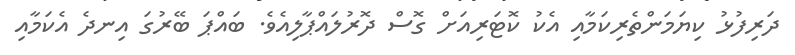
ދަރިފުޅު ކިޔަމަންތެރިކަމާއި އެކު ކޮޓަރިއަށް ގޮސް ދޮރުލައްޕާލިއެވެ. ބައްޕަ ބޭރުގަ އިނދެ އެކަމާއި